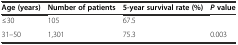
<table><thead><tr><td><b>Age (years)</b></td><td><b>Number of patients</b></td><td><b>5-year survival rate (%)</b></td><td><b><i>P</i>value</b></td></tr></thead><tbody><tr><td>≤30</td><td>105</td><td>67.5</td><td></td></tr><tr><td>31–50</td><td>1,301</td><td>75.3</td><td>0.003</td></tr></tbody></table>